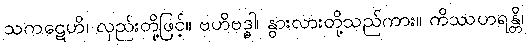
သကဋေဟိ၊ လှည်းတို့ဖြင့်။ ဗဟိဗဒ္ဓါ၊ နွားလားတို့သည်ကား။ ကိဿဟရန္တိ၊